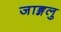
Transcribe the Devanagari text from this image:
जाङ्गलु